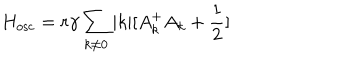
LaTeX: H _ { \mathrm { o s c } } = r { \gamma } \sum _ { k { \neq } 0 } | k | [ A _ { k } ^ { + } A _ { k } + \frac { 1 } { 2 } ]